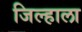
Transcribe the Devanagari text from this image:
जिल्हाला